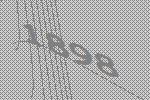
1898